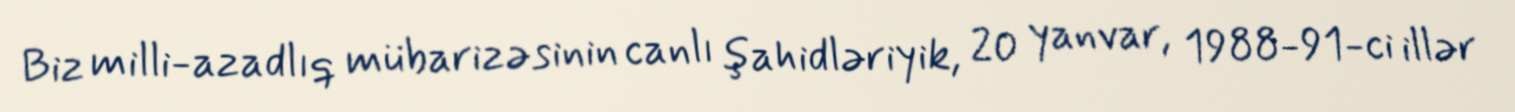
Biz milli-azadlıq mübarizəsinin canlı şahidləriyik, 20 yanvar, 1988-91-ci illər